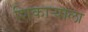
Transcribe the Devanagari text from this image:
शिकाऱ्याला